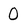
Character: 0